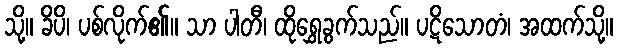
သို့။ ခိပိ၊ ပစ်လိုက်၏။ သာ ပါတီ၊ ထိုရွှေခွက်သည်။ ပဋိသောတံ၊ အထက်သို့။